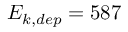
E _ { k , d e p } = 5 8 7